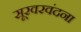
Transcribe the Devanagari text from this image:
सूरवरवंदना